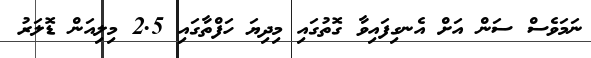
ނަމަވެސް ސަން އަށް އެނގިފައިވާ ގޮތުގައި މިދިޔަ ހަފްތާގައި 2.5 މިލިއަން ޑޮލަރު